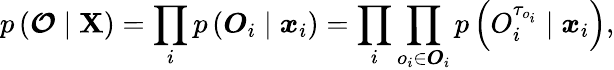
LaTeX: p\left(\boldsymbol{\mathcal{O}}\mid{\mathbf X}\right)=\prod_{i}p\left(\boldsymbol{O}_{i}\mid\boldsymbol{x}_{i}\right)=\prod_{i}\prod_{o_{i}\in\boldsymbol{O}_{i}}p\left(O_{i}^{\tau_{o_{i}}}\mid\boldsymbol{x}_{i}\right),